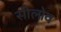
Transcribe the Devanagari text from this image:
सीलोव